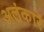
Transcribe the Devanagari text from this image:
अलंकारें